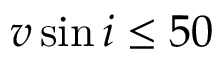
v \sin i \leq 5 0